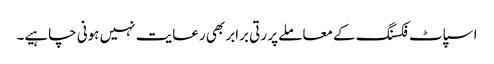
اسپاٹ فکسنگ کے معاملے پر رتی برابر بھی رعایت نہیں ہونی چاہیے۔